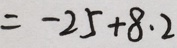
= - 2 5 + 8 . 2